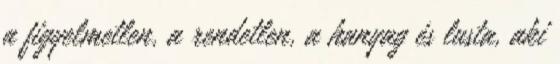
a figyelmetlen, a rendetlen, a hanyag és lusta, aki